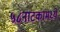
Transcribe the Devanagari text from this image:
५८नाटकांमध्ये